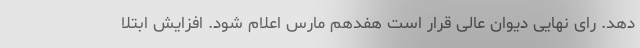
دهد. رای نهایی دیوان عالی قرار است هفدهم مارس اعلام شود. افزایش ابتلا